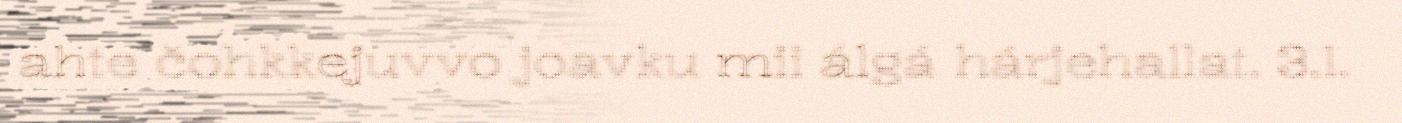
ahte čohkkejuvvo joavku mii álgá hárjehallat. 3.1.